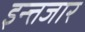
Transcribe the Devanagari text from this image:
इन्त्तजार